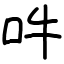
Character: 吽